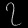
Digit: ၇